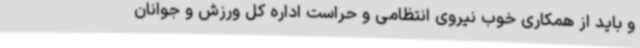
و باید از همکاری خوب نیروی انتظامی و حراست اداره کل ورزش و جوانان